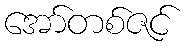
အော်တစ်ဇင်